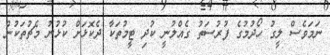
ނަމަވެސް ލީގު ހޯދުމުގެ ފުރުސަތު ގެއްލުނީ ކުދި ޓީމުތަކާ ދެކޮޅަށް ކުޅުނު މެޗުތަކުން